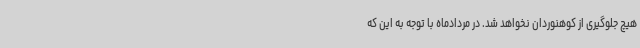
هیچ جلوگیری از کوهنوردان نخواهد شد. در مردادماه با توجه به این که